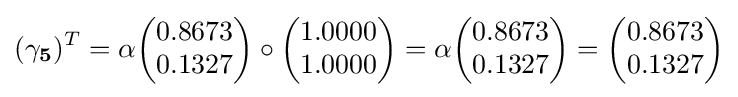
(\mathbf {\gamma _{5}} )^{T}=\alpha {\begin{pmatrix}0.8673\\0.1327\end{pmatrix}}\circ {\begin{pmatrix}1.0000\\1.0000\end{pmatrix}}=\alpha {\begin{pmatrix}0.8673\\0.1327\end{pmatrix}}={\begin{pmatrix}0.8673\\0.1327\end{pmatrix}}